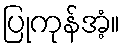
ပြုကုန်အံ့။